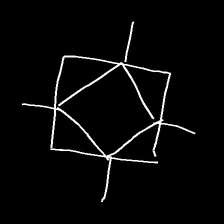
Glyph: light